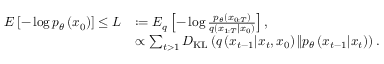
\begin{array} { r l } { E \left[ - \log p _ { \theta } \left( x _ { 0 } \right) \right] \leq L } & { : = E _ { q } \left[ - \log \frac { p _ { \theta } \left( x _ { 0 : T } \right) } { q \left( x _ { 1 : T } | x _ { 0 } \right) } \right] , } \\ & { \propto \sum _ { t > 1 } D _ { \mathrm { K L } } \left( q \left( x _ { t - 1 } | x _ { t } , x _ { 0 } \right) \| p _ { \theta } \left( x _ { t - 1 } | x _ { t } \right) \right) . } \end{array}